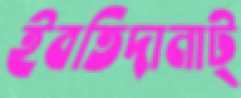
ইবতিদানাট্